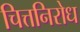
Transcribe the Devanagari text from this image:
चित्तनिरोध